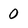
Character: 0